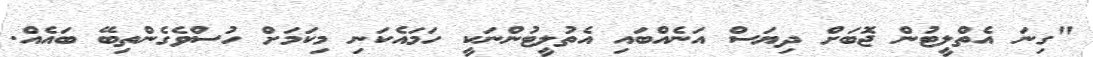
"ގިނަ އެތްލީޓުން ޖޮބަށް ދިޔަސް އަނެއްބައި އެތުލީޓުންނަކީ ހަމައެކަނި މިކަމަށް ހުސްވެގެންތިބޭ ބައެއް.